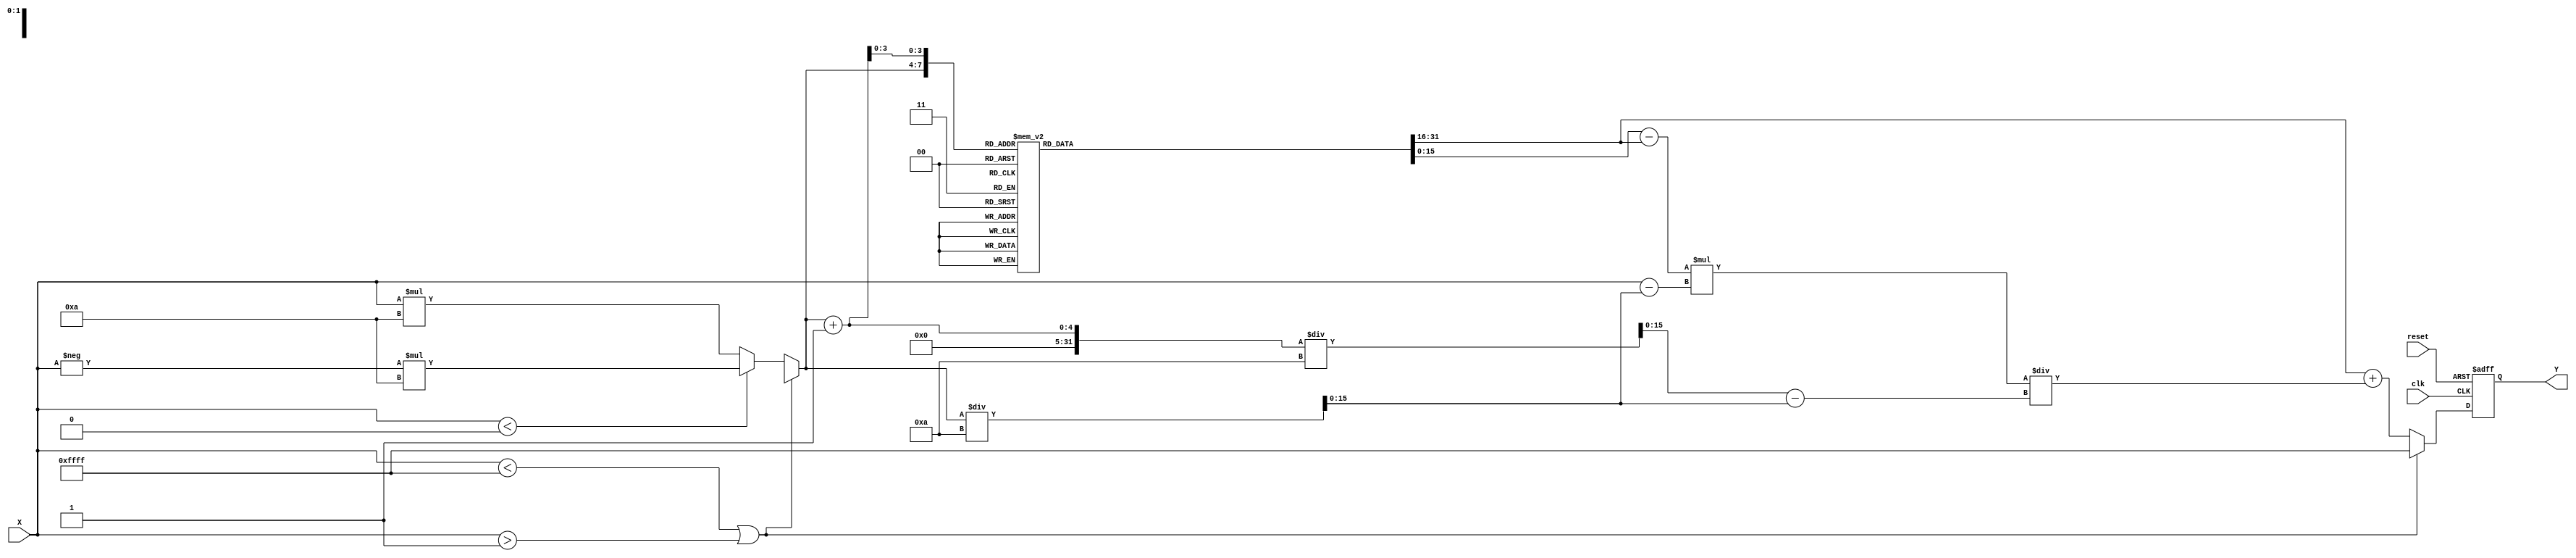
module asin_block (
    input wire clk,
    input wire reset,
    input wire signed [15:0] X, // Input: fixed-point representation of sine value
    output reg signed [15:0] Y   // Output: fixed-point representation of angle in radians
);

    // Constants
    localparam signed [15:0] PI_OVER_2 = 16'h1FFC; // /2 in fixed-point (assuming 16-bit fixed-point representation)
    localparam signed [15:0] NEG_PI_OVER_2 = -16'h1FFC; // -/2 in fixed-point
    localparam signed [15:0] NaN = 16'hFFFF; // NaN representation (could be defined differently)

    // Lookup Table (LUT) for asin approximation
    reg signed [15:0] lut [0:10]; // LUT with 11 entries for simplicity
    initial begin
        lut[0] = NEG_PI_OVER_2; // asin(-1)
        lut[1] = -16'h1A6C; // asin(-0.8)
        lut[2] = -16'h0C90; // asin(-0.5)
        lut[3] = 0; // asin(0)
        lut[4] = 16'h0C90; // asin(0.5)
        lut[5] = 16'h1A6C; // asin(0.8)
        lut[6] = PI_OVER_2; // asin(1)
    end

    // Interpolation parameters
    reg signed [15:0] Y1, Y2;
    reg signed [15:0] X1, X2;
    reg [3:0] index;

    // Main process
    always @(posedge clk or posedge reset) begin
        if (reset) begin
            Y <= 0; // Reset output to 0 or NaN
        end else begin
            if (X < -16'h1 || X > 16'h1) begin
                Y <= NaN; // Out of range
            end else begin
                // Find the indices for interpolation
                if (X < 0) begin
                    index = -X * 10; // Scale input to index
                end else begin
                    index = X * 10; // Scale input to index
                end
                
                // Set Y1 and Y2 based on the index
                Y1 = lut[index];
                Y2 = lut[index + 1];
                X1 = index / 10; // corresponding value in LUT
                X2 = (index + 1) / 10; // next value in LUT

                // Linear Interpolation
                Y <= Y1 + ((Y2 - Y1) * (X - X1)) / (X2 - X1);
            end
        end
    end

endmodule